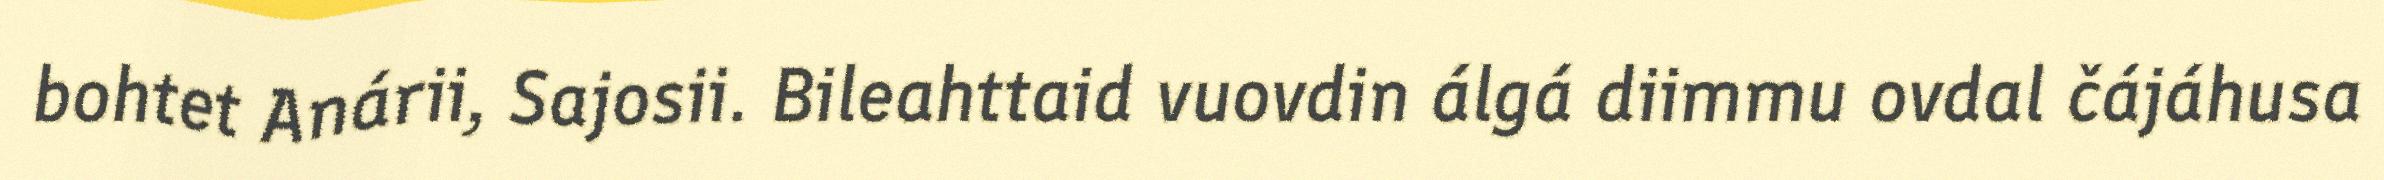
bohtet Anárii, Sajosii. Bileahttaid vuovdin álgá diimmu ovdal čájáhusa